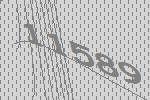
11589